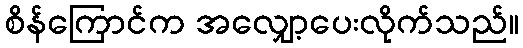
စိန်ကြောင်က အလျှော့ပေးလိုက်သည်။